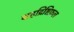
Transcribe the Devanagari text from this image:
ग्रहद्रिष्टिफ़ल